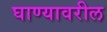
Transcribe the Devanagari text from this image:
घाण्यावरील